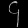
Digit: ၄